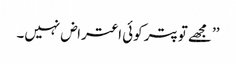
’’مجھے تو پتر کوئی اعتراض نہیں۔